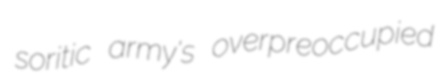
soritic army's overpreoccupied